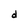
Character: d